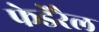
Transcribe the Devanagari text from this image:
फेडेरैल